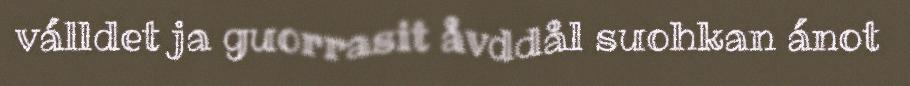
válldet ja guorrasit åvddål suohkan ánot